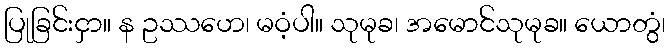
ပြုခြင်းငှာ။ န ဥဿဟေ၊ မဝံ့ပါ။ သုမုခ၊ အမောင်သုမုခ။ ယောတွံ၊